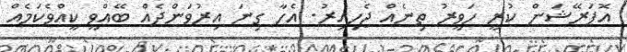
އޮޕަރޭޝަން ކުރީ ހަވީރު ތިނެއް ޖެހިއިރު. އެހާ ގިނަ އިރުވަންދެއް ބޭއްވީ ކީއްވެކަމެއް